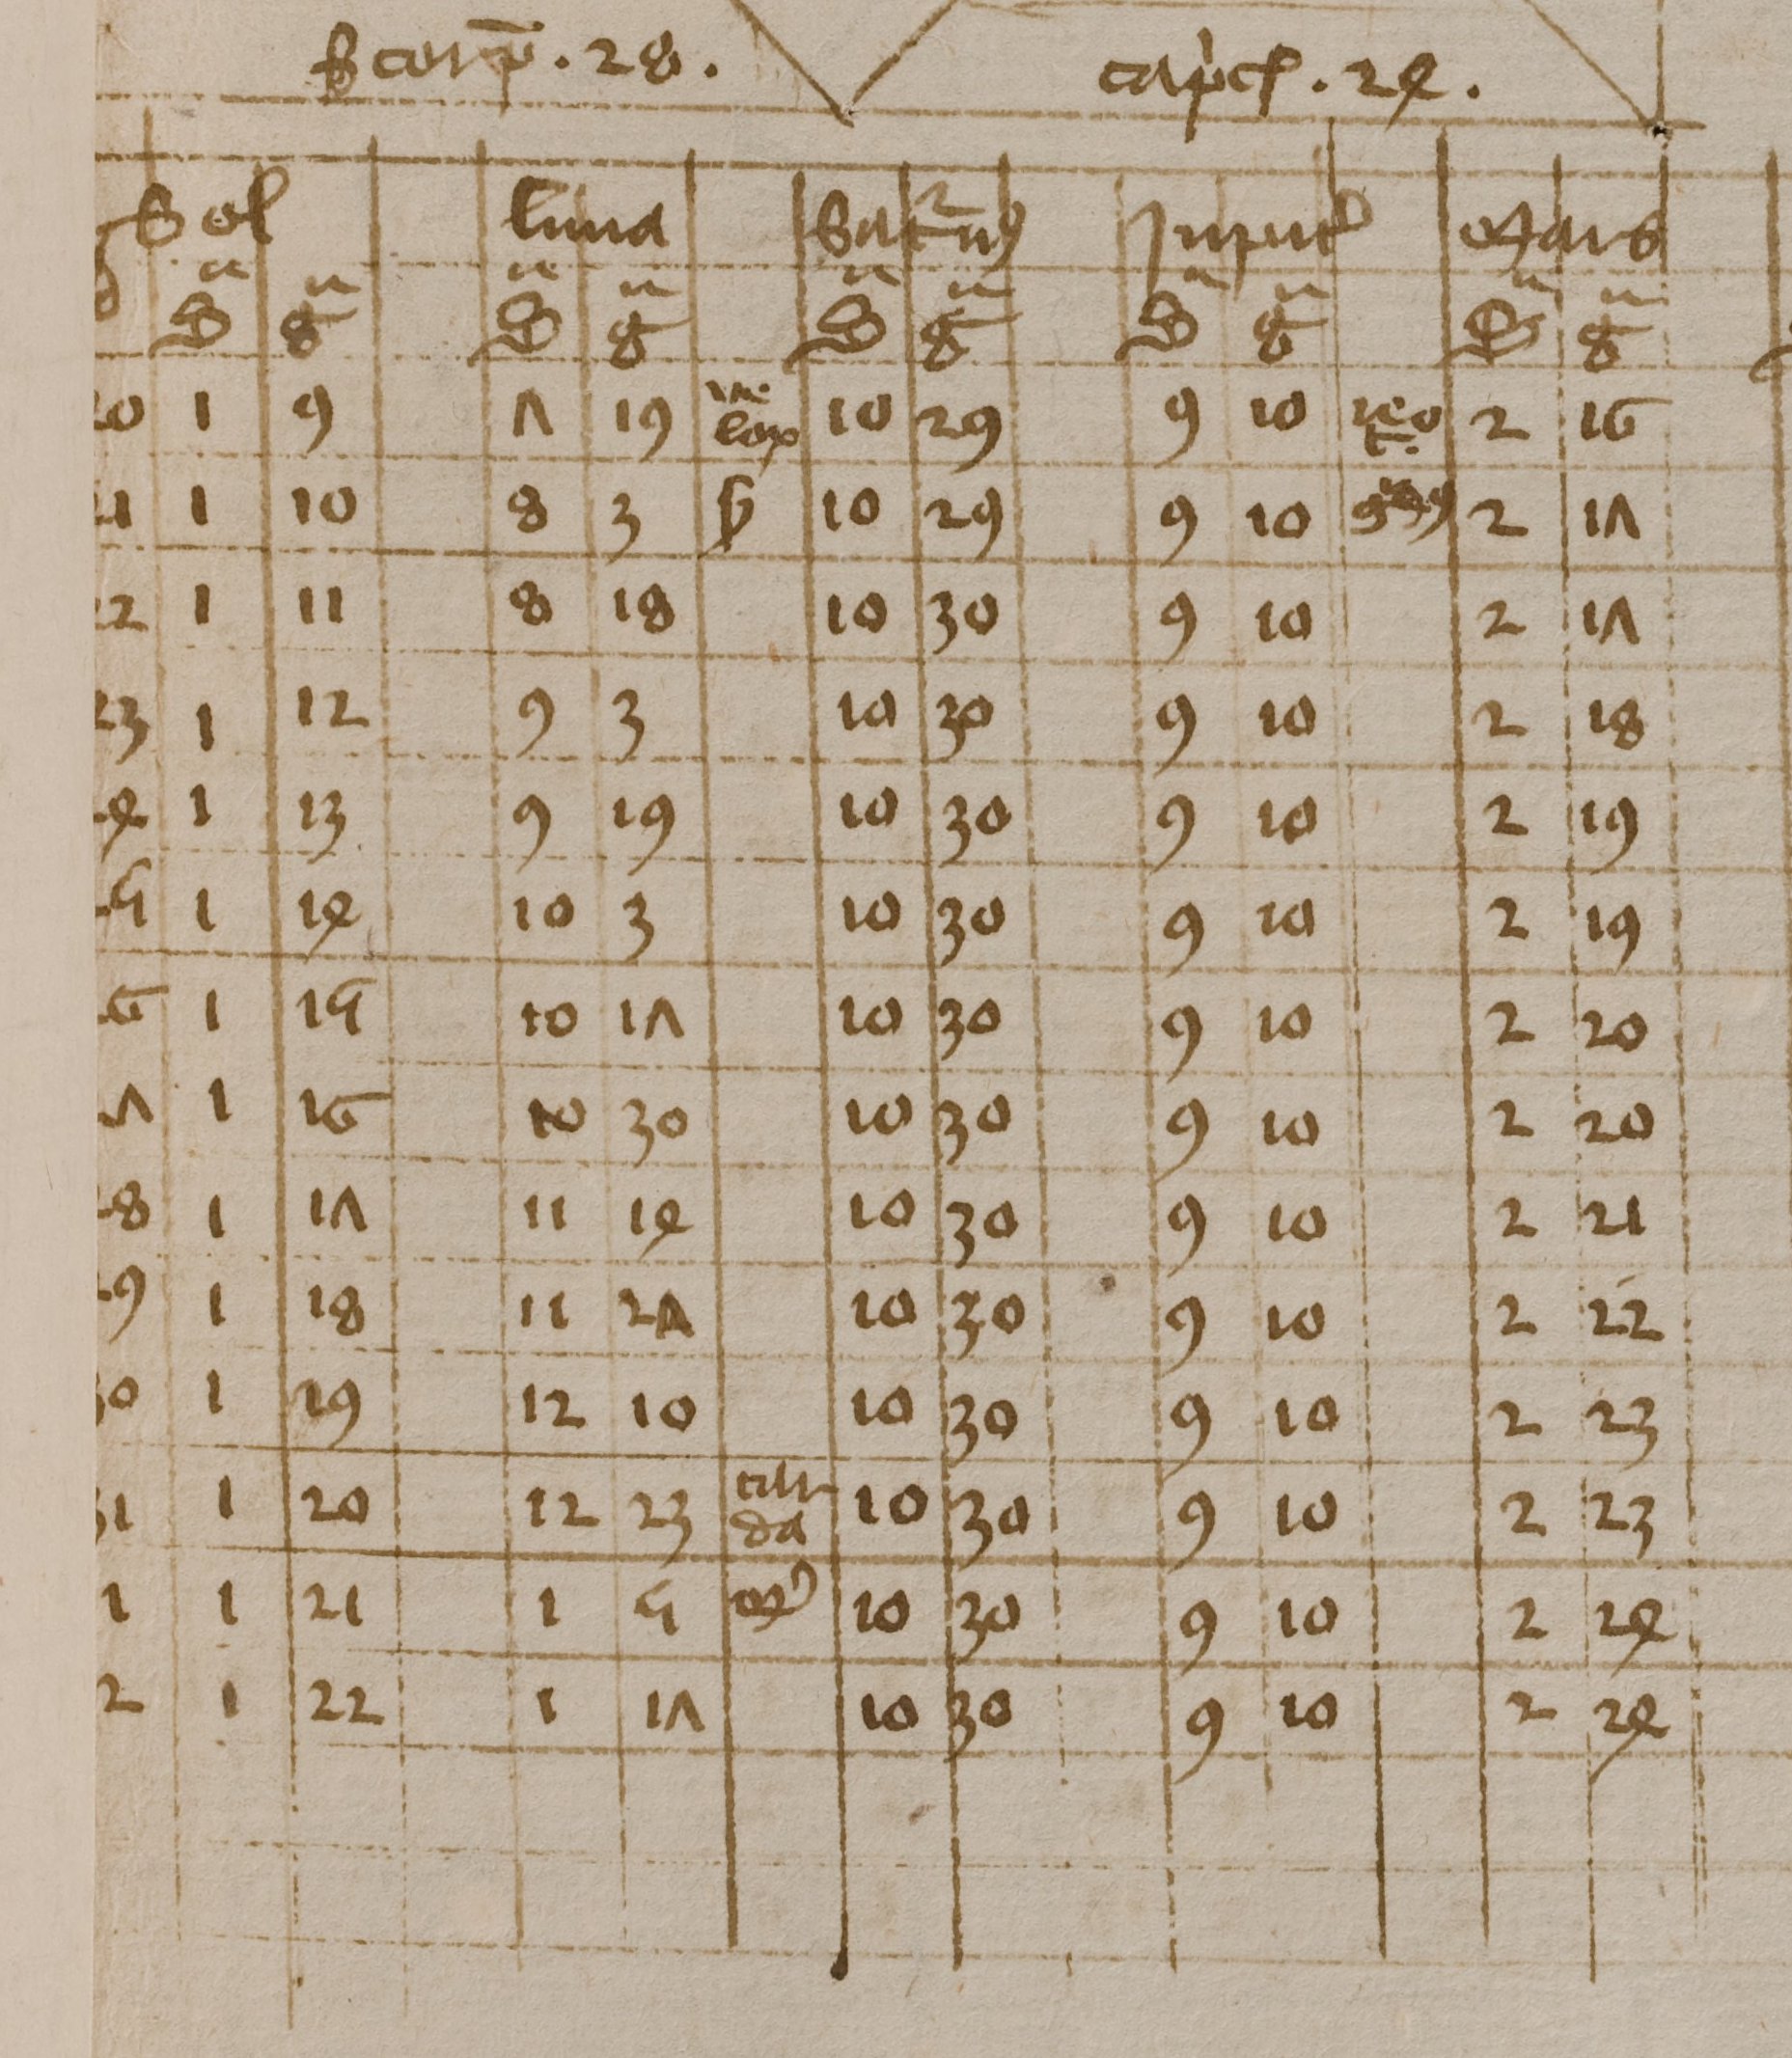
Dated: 1350–1424